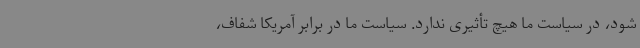
شود، در سیاست‌ ما هیچ تأثیری ندارد. سیاست ما در برابر آمریکا شفاف،